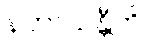
နဟာယန္တီတိ